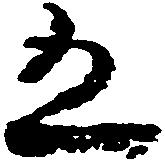
五